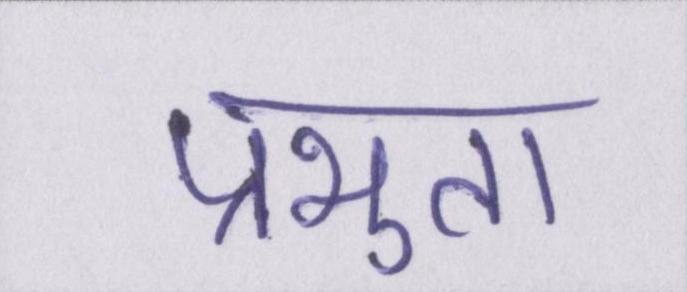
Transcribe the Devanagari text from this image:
प्रभुता